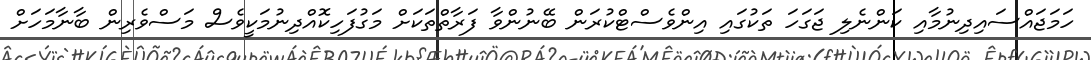
ހަމަޖައްސައިދިނުމާއި ކަންނެލި ޖަގަހަ ތަކުގައި އިންވެސްޓްކުރަން ބޭނުންވާ ފަރާތްތަކަށް މަގުފަހިކޮއްދިނުމަކީވެސް މަސްވެރިން ބާނާމަހަށް